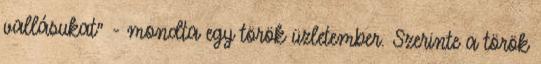
vallásukat" - mondta egy török üzletember. Szerinte a török